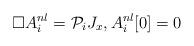
LaTeX: \begin{align*}\Box A_i^{nl} = \mathcal{P}_i J_x, A_i^{nl}[0] = 0 \end{align*}